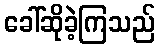
ခေါ်ဆိုခဲ့ကြသည်